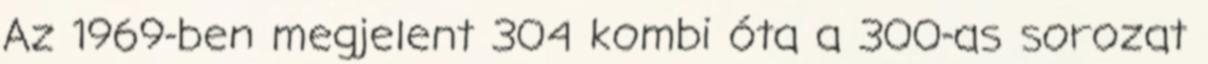
Az 1969-ben megjelent 304 kombi óta a 300-as sorozat